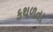
કથળતા